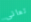
تعانى